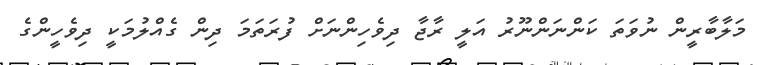
މަލާބާރީން ނުވަތަ ކަންނަންނޫރު އަލީ ރާޖާ ދިވެހިންނަށް ފުރަތަމަ ދިން ގެއްލުމަކީ ދިވެހީންގެ